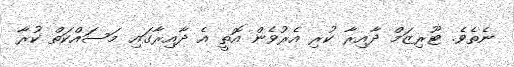
ނެތެވެ. ޓޫރިޒަމް ދާއިރާ ކުރި އެރުވެން އޮތީ އެ ދާއިރާގައި މަސައްކަތް ކުރާ